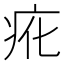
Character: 𭼇